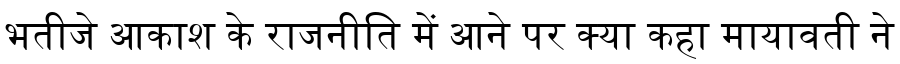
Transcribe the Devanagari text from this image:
भतीजे आकाश के राजनीति में आने पर क्या कहा मायावती ने